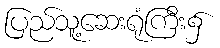
ပြည်သူ့ဆေးရုံကြီး၌